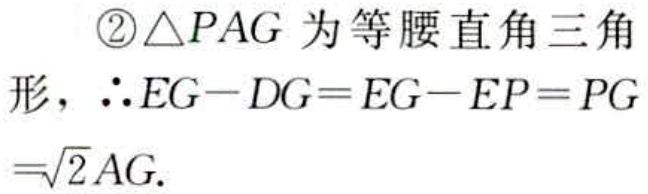
$\begin{split}&\textcircled{2}\triangle PAG\text{ 为等腰直角三角}\\&\text{形，}\therefore EG - DG = EG - EP = PG\\&=\sqrt{2}AG.\end{split}$